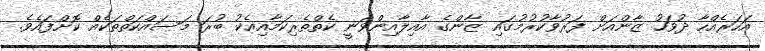
އަހަރެއްހާ ދުވަހު ޒާންއަށް ފަރުވާކުރުމުގައި ޒާންގެ އާއިލާއިންވަނީ ކެތްތެރިކަމާއިއެކު ބުރަ މަސައްކަތްތަކެއް ކޮށްފައެވެ.